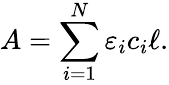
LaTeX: A=\sum_{i=1}^{N}\varepsilon_{i}c_{i}\ell.